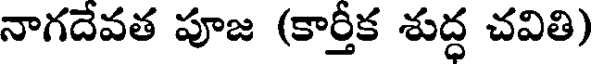
నాగదేవత పూజ (కార్తీక శుద్ధ చవితి)